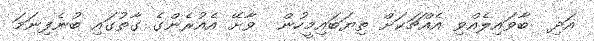
އަދި  ބާވައިލެއްވި އެއްޗަކަށް ތިޔަބައިމީހުން  ވާށޭ އެއުރެންގެ ގާތުގައި ބުނެފިނަމަ